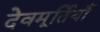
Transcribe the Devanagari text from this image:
देवमूर्तियाँ